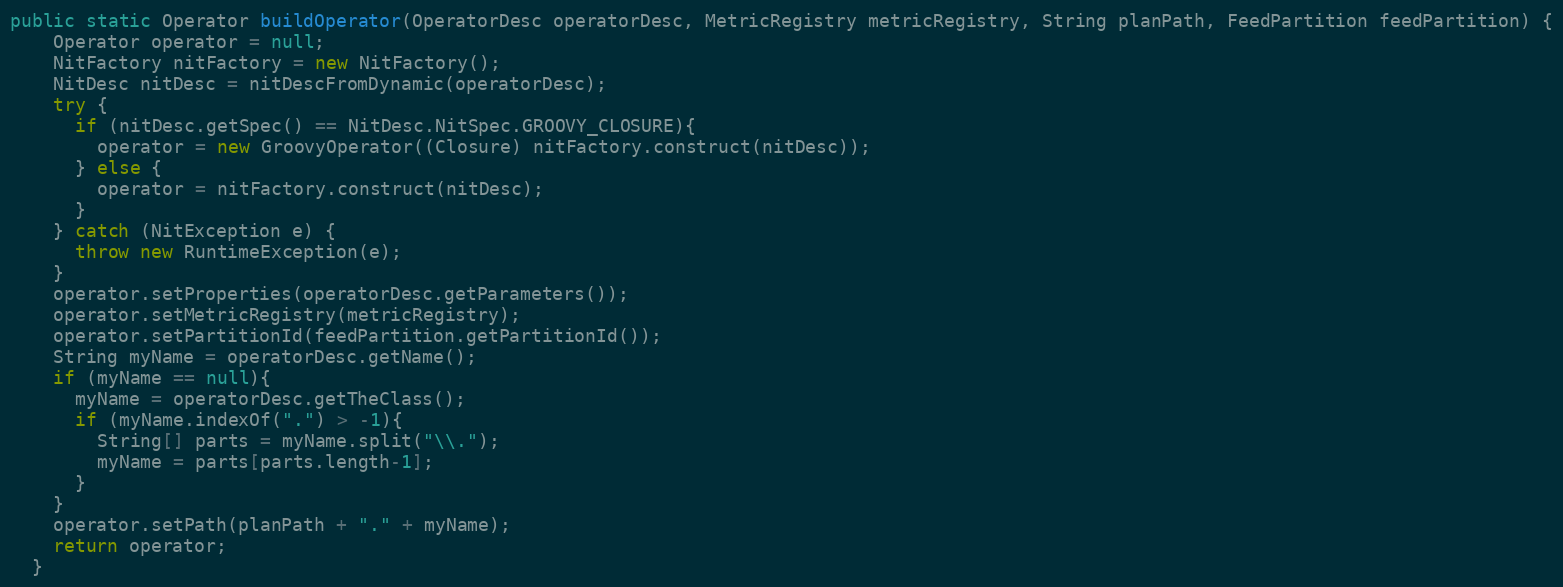
Language: Java
public static Operator buildOperator(OperatorDesc operatorDesc, MetricRegistry metricRegistry, String planPath, FeedPartition feedPartition) {
    Operator operator = null;
    NitFactory nitFactory = new NitFactory();
    NitDesc nitDesc = nitDescFromDynamic(operatorDesc);
    try {
      if (nitDesc.getSpec() == NitDesc.NitSpec.GROOVY_CLOSURE){
        operator = new GroovyOperator((Closure) nitFactory.construct(nitDesc));
      } else {
        operator = nitFactory.construct(nitDesc);
      }
    } catch (NitException e) {
      throw new RuntimeException(e);
    }
    operator.setProperties(operatorDesc.getParameters());
    operator.setMetricRegistry(metricRegistry);
    operator.setPartitionId(feedPartition.getPartitionId());
    String myName = operatorDesc.getName();
    if (myName == null){
      myName = operatorDesc.getTheClass();
      if (myName.indexOf(".") > -1){
        String[] parts = myName.split("\\.");
        myName = parts[parts.length-1];
      }
    }
    operator.setPath(planPath + "." + myName);
    return operator;
  }